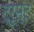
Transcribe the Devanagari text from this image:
ट्रूस्ट